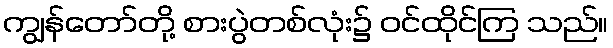
ကျွန်တော်တို့ စားပွဲတစ်လုံး၌ ဝင်ထိုင်ကြ သည်။